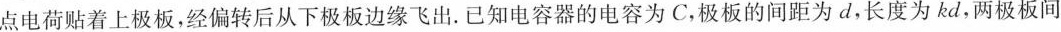
点电荷贴着上极板，经偏转后从下极板边缘飞出. 已知电容器的电容为C，极板的间距为d，长度为kd，两极板间